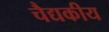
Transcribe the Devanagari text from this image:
चैद्यकीय